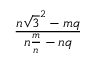
\frac { n { \sqrt { 3 } } ^ { 2 } - m q } { n { \frac { m } { n } } - n q }